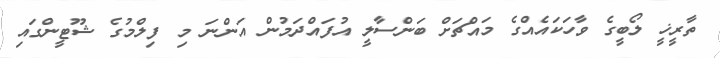
ތާރީޚީ ލޯބީގެ ވާހަކައެއްގެ މައްޗަށް ބަންސާލީ އުފައްދަމުން އަންނަ މި ފިލްމުގެ ޝޫޓީންގައި